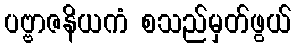
ပဗ္ဗာဇနိယကံ စသည်မှတ်ဖွယ်